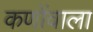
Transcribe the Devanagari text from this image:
कणोंवाला